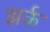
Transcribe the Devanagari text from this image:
झर्क